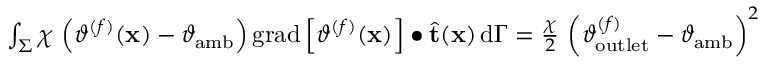
\begin{array} { r } { \int _ { \Sigma } \chi \, \left( \vartheta ^ { ( f ) } ( \mathbf { x } ) - \vartheta _ { \mathrm { a m b } } \right) \mathrm { g r a d } \left[ \vartheta ^ { ( f ) } ( \mathbf { x } ) \right] \bullet \widehat { \mathbf { t } } ( \mathbf { x } ) \, \mathrm { d } \Gamma = \frac { \chi } { 2 } \, \left( \vartheta _ { \mathrm { o u t l e t } } ^ { ( f ) } - \vartheta _ { \mathrm { a m b } } \right) ^ { 2 } } \end{array}